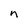
Character: n